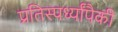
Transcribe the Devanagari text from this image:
प्रतिस्पर्ध्यांपैकी